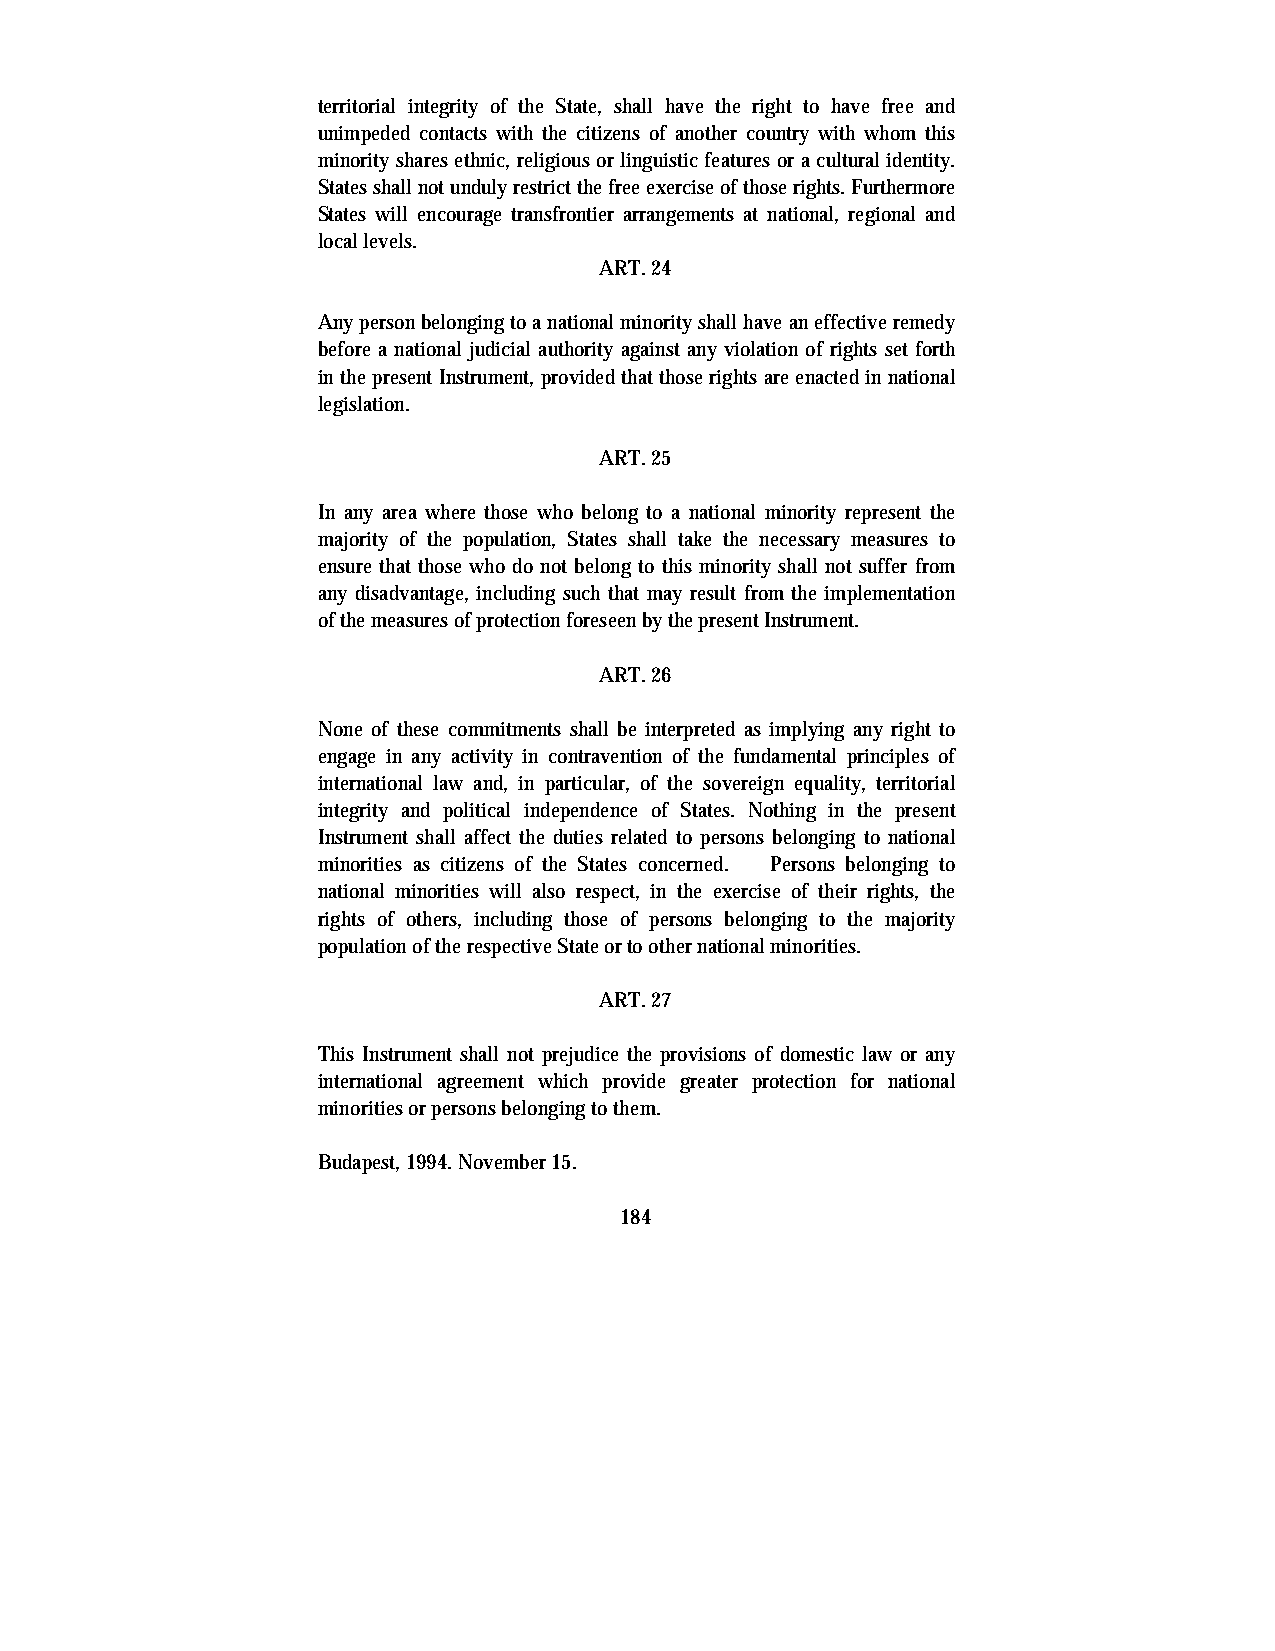
territorial integrity of the State, shall have the right to have free and
 unimpeded contacts with the citizens of another country with whom this
 minority shares ethnic, religious or linguistic features or a cultural identity.
 States shall not unduly restrict the free exercise of those rights. Furthermore
 States will encourage transfrontier arrangements at national, regional and
 local levels.
 ART. 24
 Any person belonging to a national minority shall have an effective remedy
 before a national judicial authority against any violation of rights set forth
 in the present Instrument, provided that those rights are enacted in national
 legislation.
 ART. 25
 In any area where those who belong to a national minority represent the
 majority of the population, States shall take the necessary measures to
 ensure that those who do not belong to this minority shall not suffer from
 any disadvantage, including such that may result from the implementation
 of the measures of protection foreseen by the present Instrument.
 ART. 26
 None of these commitments shall be interpreted as implying any right to
 engage in any activity in contravention of the fundamental principles of
 international law and, in particular, of the sovereign equality, territorial
 integrity and political independence of States. Nothing in the present
 Instrument shall affect the duties related to persons belonging to national
 minorities as citizens of the States concerned. Persons belonging to
 national minorities will also respect, in the exercise of their rights, the
 rights of others, including those of persons belonging to the majority
 population of the respective State or to other national minorities.
 ART. 27
 This Instrument shall not prejudice the provisions of domestic law or any
 international agreement which provide greater protection for national
 minorities or persons belonging to them.
 Budapest, 1994. November 15.
 184